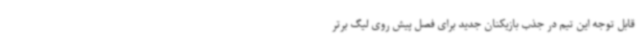
قابل توجه این تیم در جذب بازیکنان جدید برای فصل پیش روی لیگ برتر